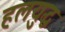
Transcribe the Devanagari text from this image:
हलयुद्ध